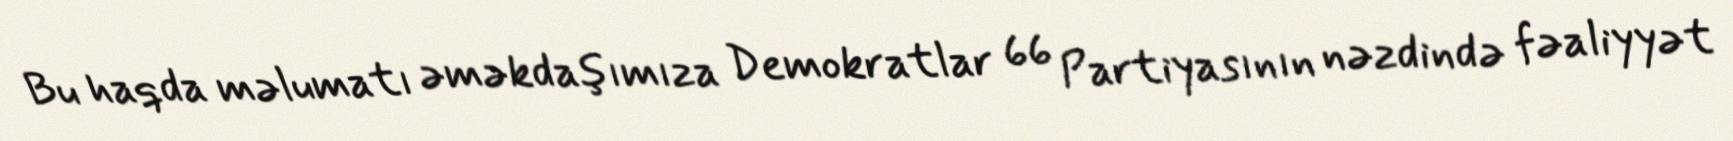
Bu haqda məlumatı əməkdaşımıza Demokratlar 66 Partiyasının nəzdində fəaliyyət